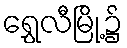
ရွှေလီမြို့၌